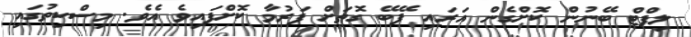
ލިފްޓް ބޭނުން ކޮށްގެން އަރައި ފޭބޭ ގޮތަށް ފަރުމާ ކޮށްފައިވެ އެވެ. މިސްކިތުގައި